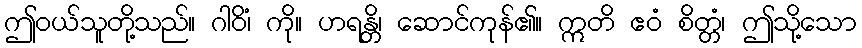
ဤဝယ်သူတို့သည်။ ဂါဝိံ၊ ကို။ ဟရန္တိ၊ ဆောင်ကုန်၏။ ဣတိ ဧဝံ စိတ္တံ၊ ဤသို့သော